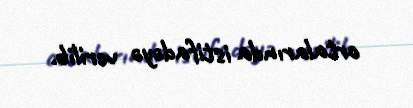
ortalarında istifadəyə verilib.